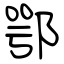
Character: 鄂